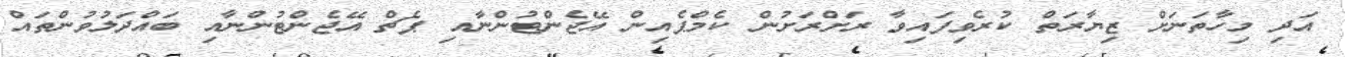
އަދި މިހާތަނަށް ޒިޔާރަތް ކުރެވިފައިވާ ރަށްރަށުން ކެމްޕެއިން އޭޖެންޓުންނާއި ޕެޗް އޭޖެންޓުންނާއި ބައްދަލުވުންތައް